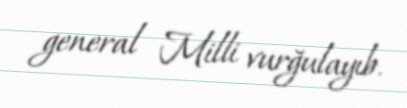
general Milli vurğulayıb.